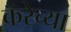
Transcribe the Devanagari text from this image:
कॅरेच्या